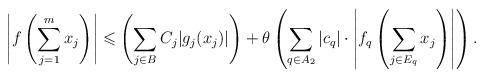
LaTeX: \begin{align*}\left|f\left(\sum_{j=1}^mx_j\right)\right| \leqslant \left(\sum_{j\in B}C_j|g_j(x_j)|\right) + \theta\left(\sum_{q\in A_2}|c_q|\cdot\left|f_q\left(\sum_{j\in E_q}x_j\right)\right|\right).\end{align*}